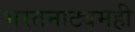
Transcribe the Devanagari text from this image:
भरतनाट्यमही